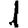
Digit: 1